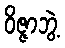
ဝိဇ္ဇာဘွဲ့